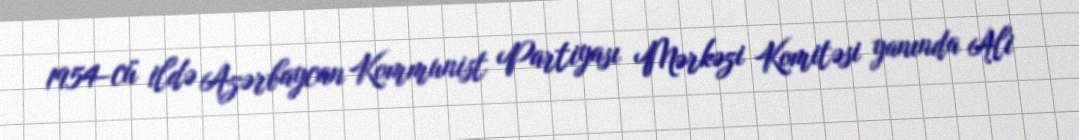
1954-cü ildə Azərbaycan Kommunist Partiyası Mərkəzi Komitəsi yanında Ali